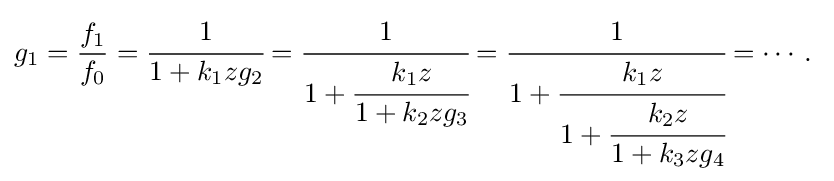
g_{1}={\frac {f_{1}}{f_{0}}}={\cfrac {1}{1+k_{1}zg_{2}}}={\cfrac {1}{1+{\cfrac {k_{1}z}{1+k_{2}zg_{3}}}}}={\cfrac {1}{1+{\cfrac {k_{1}z}{1+{\cfrac {k_{2}z}{1+k_{3}zg_{4}}}}}}}=\cdots .\